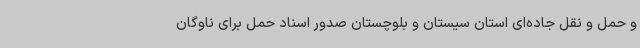
و حمل و نقل جاده‌ای استان سیستان و بلوچستان صدور اسناد حمل برای ناوگان